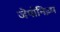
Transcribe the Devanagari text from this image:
जेपोनिज़्म